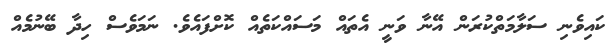
ކައިވެނި ސަލާމަތްކުރަން އޭނާ ވަނީ އެތައް މަސައްކަތެއް ކޮށްފައެވެ. ނަމަވެސް ހިދާ ބޭނުމެއް